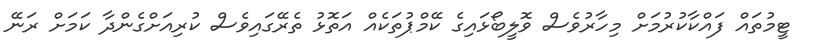
ޓީމުތައް ފައްކާކުރުމަށް މިހާރުވެސް ވޮލީބޯޅައިގެ ކޭމްޕުތަކެއް އަތޮޅު ތެރޭގައިވެސް ކުރިއަށްގެންދާ ކަމަށް ރަނޭ